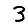
Digit: 3